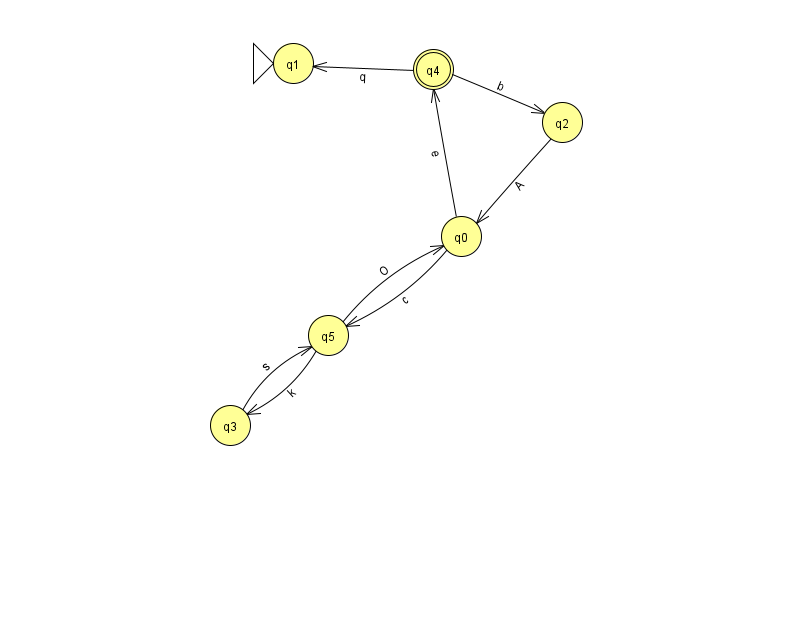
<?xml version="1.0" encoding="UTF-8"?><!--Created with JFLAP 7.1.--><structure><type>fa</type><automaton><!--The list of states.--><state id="0" name="q0"><x>461.0</x><y>223.0</y></state><state id="1" name="q1"><x>293.0</x><y>50.0</y><initial/></state><state id="2" name="q2"><x>562.0</x><y>109.0</y></state><state id="3" name="q3"><x>230.0</x><y>412.0</y></state><state id="4" name="q4"><x>433.0</x><y>56.0</y><final/></state><state id="5" name="q5"><x>328.0</x><y>322.0</y></state><!--The list of transitions.--><transition><from>2</from><to>0</to><read>A</read></transition><transition><from>3</from><to>5</to><read>s</read></transition><transition><from>5</from><to>0</to><read>O</read></transition><transition><from>4</from><to>1</to><read>q</read></transition><transition><from>4</from><to>2</to><read>b</read></transition><transition><from>0</from><to>5</to><read>c</read></transition><transition><from>0</from><to>4</to><read>e</read></transition><transition><from>5</from><to>3</to><read>k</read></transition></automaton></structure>